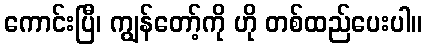
ကောင်းပြီ၊ ကျွန်တော့်ကို ဟို တစ်ထည်ပေးပါ။